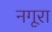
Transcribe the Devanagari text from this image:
नगूरा